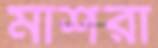
মাশরা